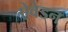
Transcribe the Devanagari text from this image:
ऐवेडन